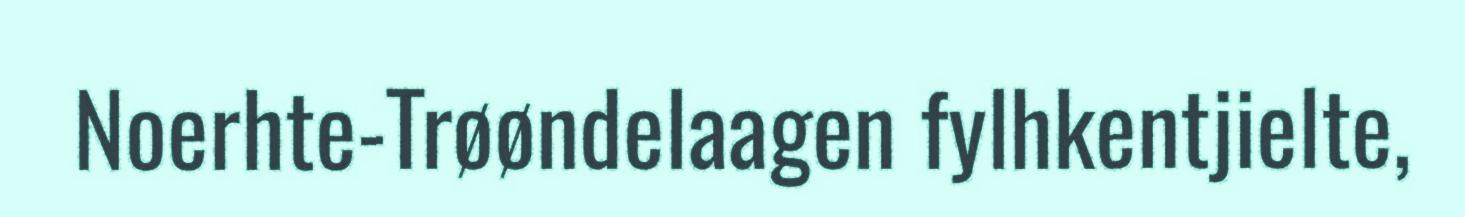
Noerhte-Trøøndelaagen fylhkentjielte,